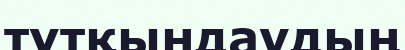
тұтқындаудың